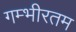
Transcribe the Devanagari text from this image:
गम्भीरतम